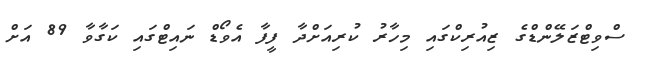
ސްވިޓްޒަލޭންޑްގެ ޒިއުރިކްގައި މިހާރު ކުރިއަށްދާ ފީފާ އެވޯޑް ނައިޓްގައި ކަގާވާ 89 އަށް